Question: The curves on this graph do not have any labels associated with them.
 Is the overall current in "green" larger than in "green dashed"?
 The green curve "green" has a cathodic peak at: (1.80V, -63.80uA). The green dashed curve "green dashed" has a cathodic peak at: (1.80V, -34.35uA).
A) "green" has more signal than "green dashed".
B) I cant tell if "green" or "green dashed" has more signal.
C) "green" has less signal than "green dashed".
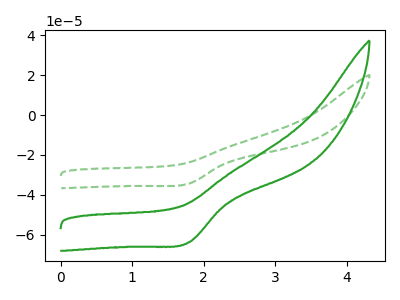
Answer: <think>All the peaks in "green" have a peak in "green dashed" at the same potential. Every peak in "green" is higher than every peak in "green dashed".
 </think>
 <answer>A) "green" has more signal than "green dashed".</answer>
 <eval>A</eval>